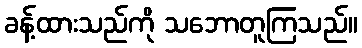
ခန့်ထားသည်ကို သဘောတူကြသည်။